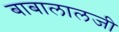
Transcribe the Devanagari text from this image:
बाबालालजी